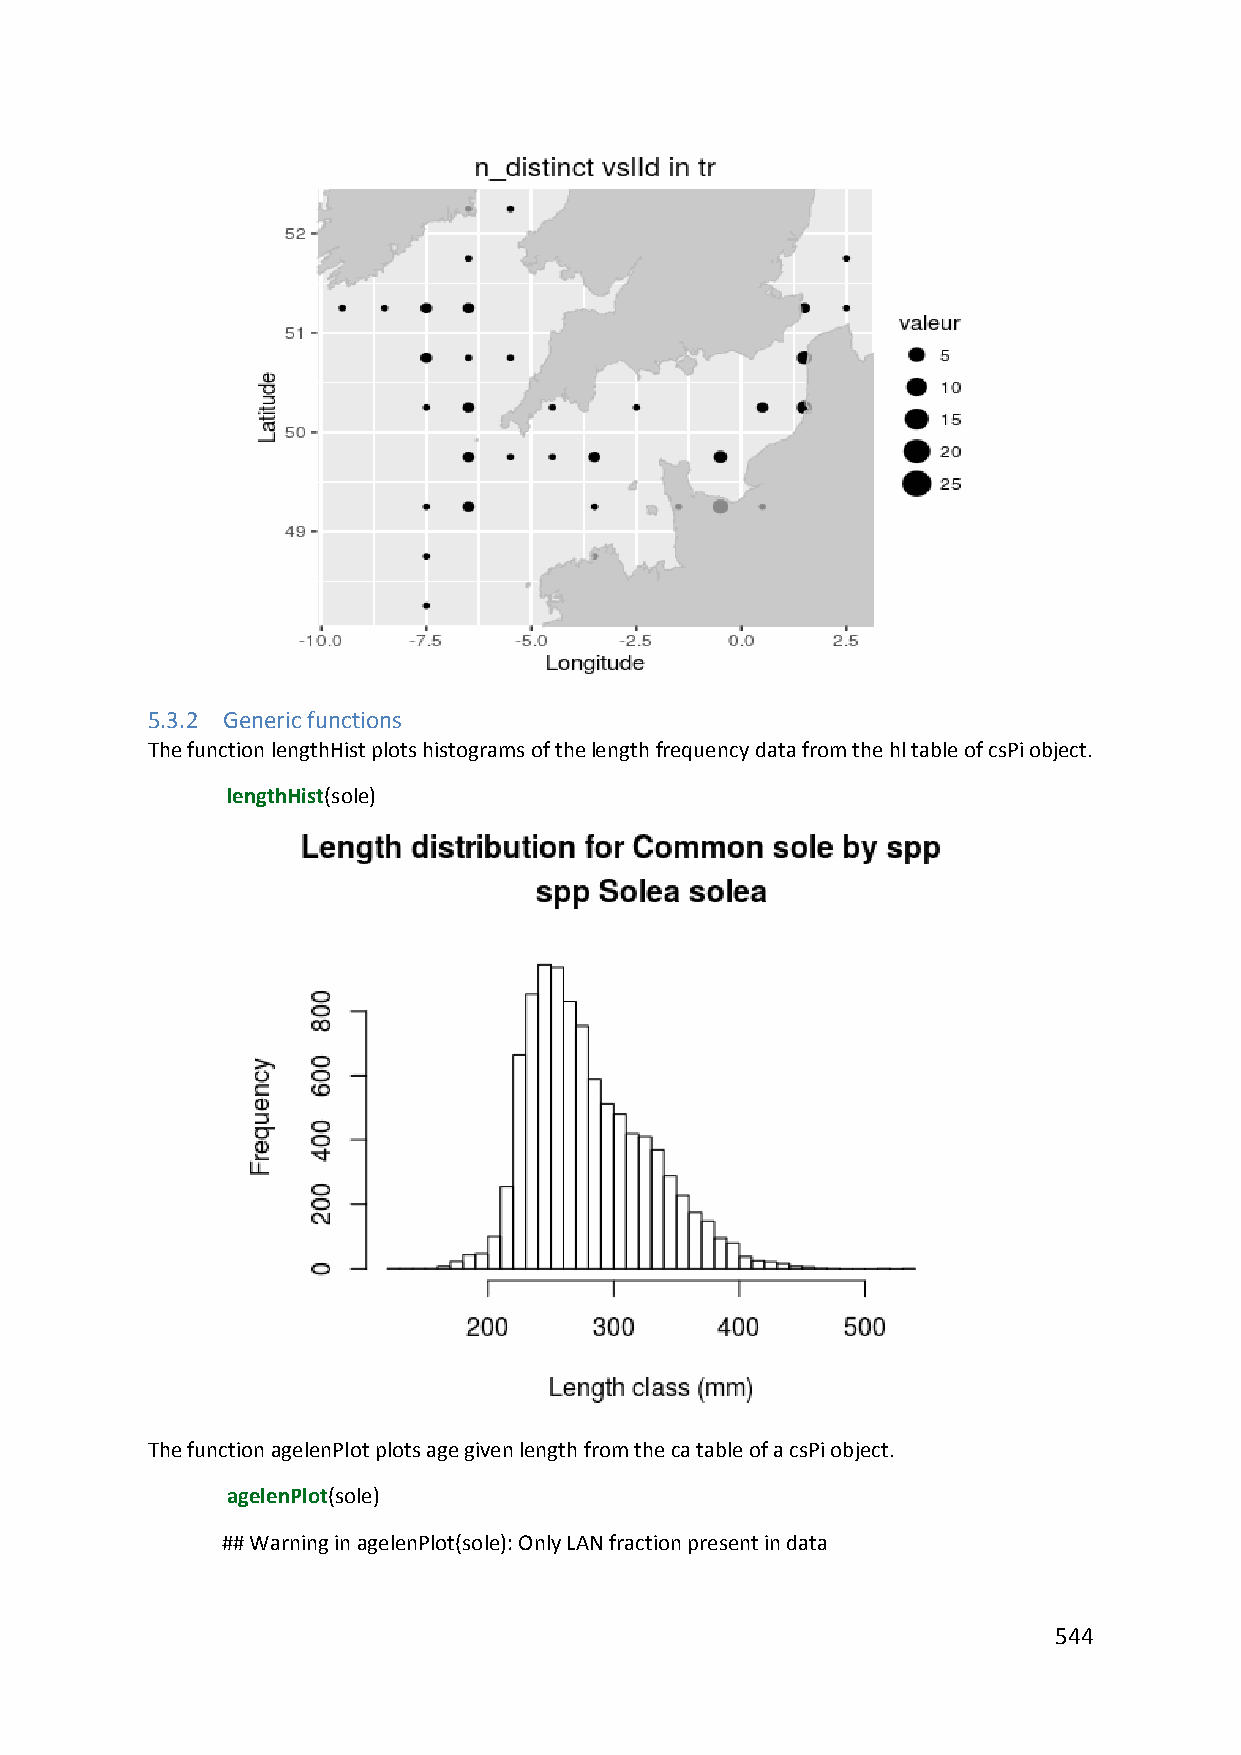
5.3.2 Generic functions
 The function lengthHist plots histograms of the length frequency data from the hl table of csPi object.
 lengthHist(sole)
 The function agelenPlot plots age given length from the ca table of a csPi object.
 agelenPlot(sole)
 ## Warning in agelenPlot(sole): Only LAN fraction present in data
 544